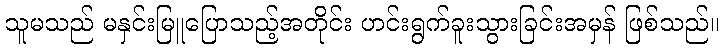
သူမသည် မနှင်းမြူပြောသည့်အတိုင်း ဟင်းရွက်ခူးသွားခြင်းအမှန် ဖြစ်သည်။